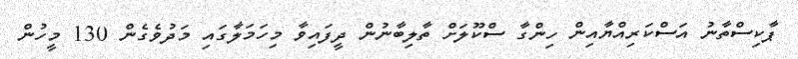
ޕާކިސްތާނު އަސްކަރިއްޔާއިން ހިންގާ ސްކޫލަށް ތާލިބާނުން ދީފައިވާ މިހަަމަލާގައި މަދުވެގެން 130 މީހުން